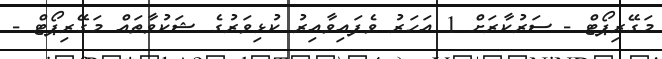
މަގޭރިޕޯޓް - ސަރުކާރަށް 1 އަހަރު ވެފައިވާއިރު ކުޅިވަރުގެ ޝަކުވާތައް މަގޭރިޕޯޓް -